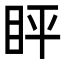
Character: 𬑈